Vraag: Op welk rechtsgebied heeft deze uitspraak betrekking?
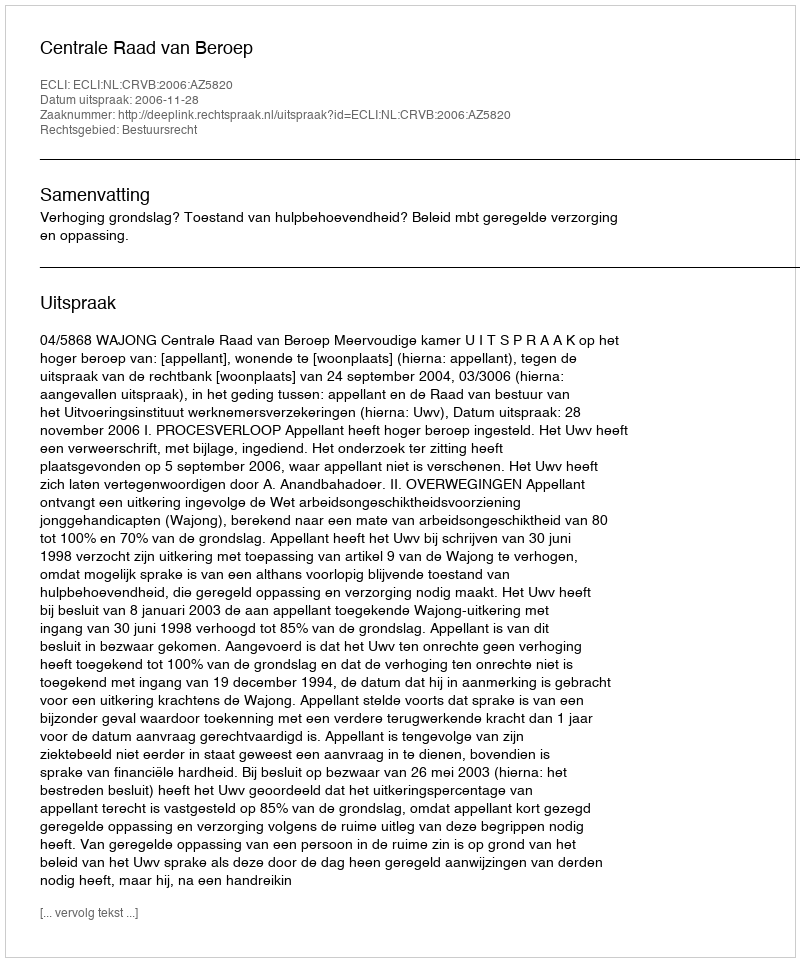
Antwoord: Bestuursrecht